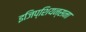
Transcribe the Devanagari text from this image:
इजिप्शियन्सना